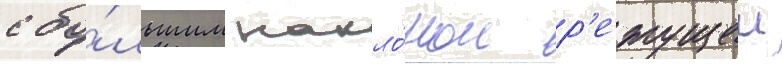
с бо́льшим накло́ном р'ежущеи